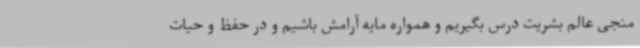
منجی عالم بشریت درس بگیریم و همواره مایه آرامش باشیم و در حفظ و حیات